Lunatic asylums Bombay report 1891-1903 - 1891-1903
Year: 1891
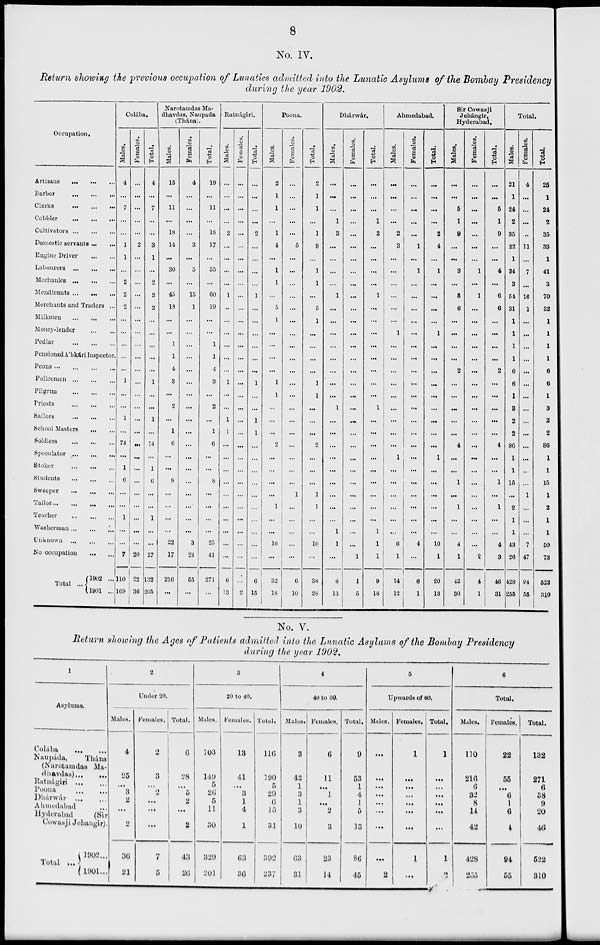
8
No. IV.
Return showing the previous occupation of Lunatics admitted into the Lunatic Asylums of the Bombay Presidency
during the year 1902.
Occupation.
Artisans
...
...
...
Barber
...
...
...
Clerks
...
...
...
Cobbler ... ... ...
Cultivators
Domestic servants
...
...
Engine Driver
...
...
Labourers
...
...
...
Mechanics
...
...
...
Mendicants ... ... ...
Merchants and Traders ...
Milkmen
...
...
...
Money-lender
...
...
Pedlar
Pensioned A'kári Inspector.
Peons
...
...
...
...
Policemen
...
...
...
Pilgrim
...
...
...
Priests ... ... ...
Sailors
...
...
...
School Masters
...
...
Soldiers ... ... ...
Speculator
...
...
...
Stoker
...
...
...
Students ... ... ...
Sweeper
...
...
...
Tailor
...
...
...
...
Teacher
...
...
...
Washerman
...
...
...
Unknown
...
...
...
No occupation ... ...
Total ...
1902 ...
1901 ...
Colába.
Males.
4
...
7
...
...
1
1
...
2
2
2
...
...
...
...
...
1
...
...
1
...
74
...
1
6
...
...
1
...
...
7
110
169
Females.
...
...
...
...
...
2
...
...
...
...
...
...
...
...
...
...
...
...
...
...
...
...
...
...
...
...
...
...
...
...
20
22
36
Total.
4
...
7
...
...
3
1
...
2
2
2
...
...
...
...
...
1
...
...
1
...
74
...
1
6
...
...
1
...
...
27
132
205
Narotamdas Ma-
dhavdas, Naupada
(Thána).
Males.
15
...
11
...
18
14
...
30
...
45
18
...
...
1
1
4
3
...
2
...
1
6
...
...
8
...
...
...
...
22
17
216
...
Females.
4
...
...
...
...
3
...
5
...
15
1
...
...
...
...
...
...
...
...
...
...
...
...
...
...
...
...
...
...
3
24
55
...
Total.
19
...
11
...
18
17
...
35
...
60
19
...
...
1
1
4
3
...
2
...
1
6
...
...
8
...
...
...
...
25
41
271
...
Ratnágiri.
Males.
...
...
...
...
2
...
...
...
...
1
...
...
...
...
...
...
1
...
...
1
1
...
...
...
...
...
...
...
...
...
...
6
13
Females.
...
...
...
...
...
...
...
...
...
...
...
...
...
...
...
...
...
...
...
...
...
...
...
...
...
...
...
...
...
...
...
...
2
Total.
...
...
...
...
2
...
...
...
...
1
...
...
...
...
...
...
1
...
...
1
1
...
...
...
...
...
...
...
...
...
...
6
15
Poona.
Males.
2
1
1
...
1
4
...
1
1
...
5
1
...
...
...
...
1
1
...
...
...
2
...
...
...
...
1
...
...
10
...
32
18
Females.
...
...
...
...
...
5
...
...
...
...
...
...
...
...
...
...
...
...
...
...
...
...
...
...
...
1
...
...
...
...
...
6
10
Total.
2
1
1
...
1
9
...
1
1
...
5
1
...
...
...
...
1
1
...
...
...
2
...
...
...
1
1
...
...
10
...
38
28
Dhárwár.
Males.
...
...
...
1
3
...
...
...
...
1
...
...
...
...
...
...
...
1
...
...
...
...
...
...
...
...
...
1
1
...
8
13
Females.
...
...
...
...
...
...
...
...
...
...
...
...
...
...
...
...
...
...
...
...
...
...
...
...
...
...
...
...
...
...
1
1
5
Total.
...
...
...
1
3
...
...
...
...
1
...
...
...
...
...
...
...
...
1
...
...
...
...
...
...
...
...
...
1
1
1
9
18
Ahmedabad.
Males.
...
...
...
...
2
3
...
...
...
...
...
...
1
...
...
...
...
...
...
...
...
...
1
...
...
...
...
...
...
6
1
14
12
Females.
...
...
...
...
...
1
...
1
...
...
...
...
...
...
...
...
...
...
...
...
...
...
...
...
...
...
...
...
...
4
...
6
1
Total.
...
...
...
...
2
4
...
1
...
...
...
...
1
...
...
...
...
...
...
...
...
...
1
...
...
...
...
...
...
10
1
20
13
Sir Cowasji
Jehángir,
Hyderabad.
Males.
...
...
5
1
9
...
...
3
...
5
6
...
...
...
...
2
...
...
...
...
...
4
...
...
1
...
1
...
...
4
1
42
30
Females.
...
...
...
...
...
...
...
1
...
1
...
...
...
...
...
...
...
...
...
...
...
...
...
...
...
...
...
...
...
...
2
4
1
Total.
...
...
5
1
9
...
...
4
...
6
6
...
...
...
...
2
...
...
...
...
...
4
...
...
1
...
1
...
...
4
3
46
31
Total.
Males.
21
1
24
2
35
22
1
34
3
54
31
1
1
1
1
6
6
1
3
2
2
86
1
1
15
...
2
1
1
43
26
428
255
Females.
4
...
...
...
...
11
...
7
...
16
1
...
...
...
...
...
...
...
...
...
...
...
...
...
...
1
...
...
...
7
47
94
55
Total.
25
1
24
2
35
33
1
41
3
70
32
1
1
1
1
6
6
1
3
2
2
86
1
1
15
1
2
1
1
50
73
522
310
No. V.
Return showing the Ages of Patients admitted into the Lunatic Asylums of the Bombay Presidency
during the year 1902.
1
Asylums.
Colába ... ...
Naupáda,
Thána
(Narotamdaa Ma-
dhavdas) ... ...
Ratnágiri ... ...
Poona
...
...
Dhárwar
...
...
Ahmedadabad
...
Hyderabad (Sir
Cowasji Jehangir).
Total
...
1902 ...
1901 ...
2
Under 20.
Males.
4
25
...
3
2
...
2
36
21
Females.
2
3
...
2
...
...
...
7
5
Total.
6
28
...
5
2
...
2
43
26
3
20 to 40.
Males.
103
149
5
26
5
11
30
329
201
Females.
13
41
...
3
1
4
1
63
36
Total.
116
190
5
29
6
15
31
392
237
4
40 to 60.
Males.
3
42
1
3
1
3
10
63
31
Females.
6
11
...
1
...
2
3
23
14
Total.
9
53
1
4
1
5
13
86
45
5
Upwards of 60.
Males.
...
...
...
...
...
...
...
...
2
Females.
1
...
...
...
...
...
...
1
...
Total.
1
...
...
...
...
...
...
1
2
6
Total.
Males.
110
216
6
32
8
14
42
428
255
Females.
22
55
...
6
1
6
4
94
55
Total.
132
271
6
38
9
20
46
522
310